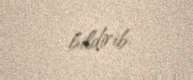
bildirib.